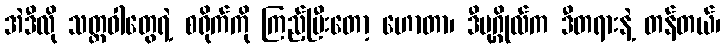
အဲဒီလို သတ္တဝါတွေရဲ့ စရိုက်ကို ကြည့်ပြီးတော့ ဟောတာ၊ ဒီပုဂ္ဂိုလ်က ဒီတရားနဲ့ တန်တယ်၊